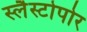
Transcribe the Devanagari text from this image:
स्लैस्टोपोर